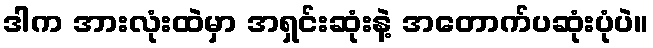
ဒါက အားလုံးထဲမှာ အရှင်းဆုံးနဲ့ အတောက်ပဆုံးပုံပဲ။